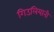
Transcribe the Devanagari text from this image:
गिउलियानी